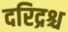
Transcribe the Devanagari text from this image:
दरिद्रश्च